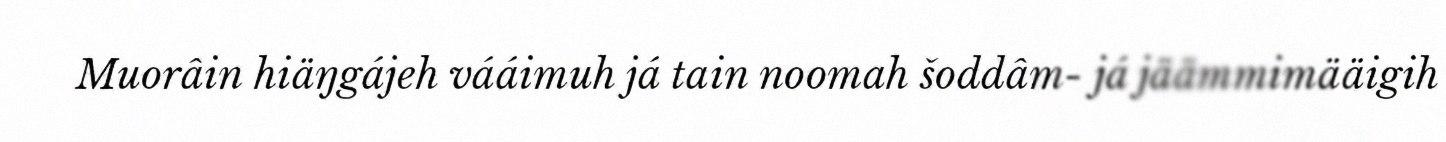
Muorâin hiäŋgájeh vááimuh já tain noomah šoddâm- já jäämmimääigih